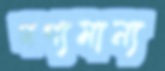
গণ্যমান্য